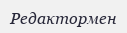
Редактормен